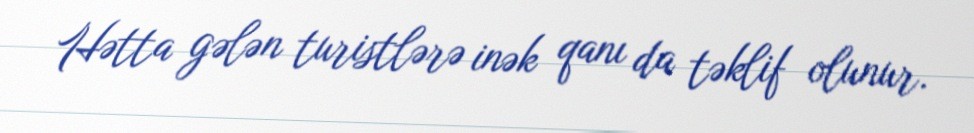
Hətta gələn turistlərə inək qanı da təklif olunur.